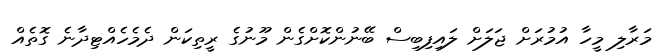
މަރާލި މީހާ އުމުރަށް ޖަލަށް ލައިފިބިސް ބޭނުންކޮށްގެން މޫނުގެ ރީތިކަން ދެމެހެއްޓިދާނެ ގޮތެއް